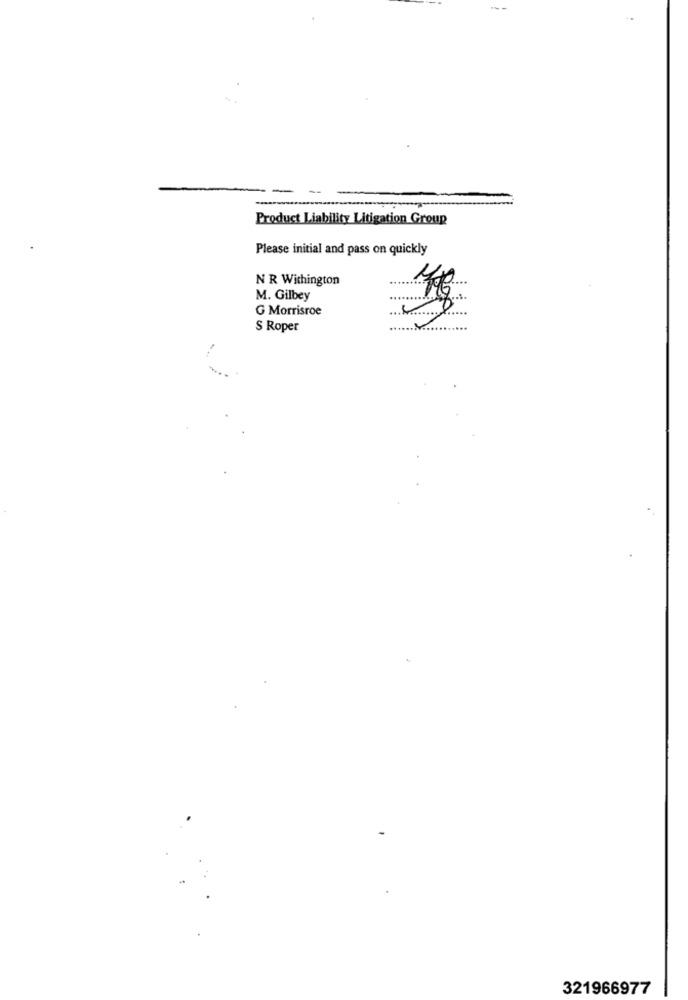
Product Liability Litigation Group
Please initial and pass on quickly
N R Withington
M. Gilbey
G Morrisroe
8.
S Roper
321966977